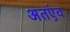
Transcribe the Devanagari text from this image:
अतएंव